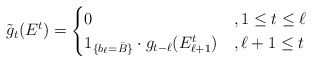
\begin{align*}\tilde{g}_t(E^t)=\begin{cases}0&,1\leq t\leq \ell\\1_{\{b_{\ell}=\bar{B}\}}\cdot {g}_{t-\ell}(E_{\ell+1}^{t})&,\ell+1\leq t\end{cases}\end{align*}